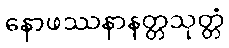
နောဖဿနာနတ္တသုတ္တံ